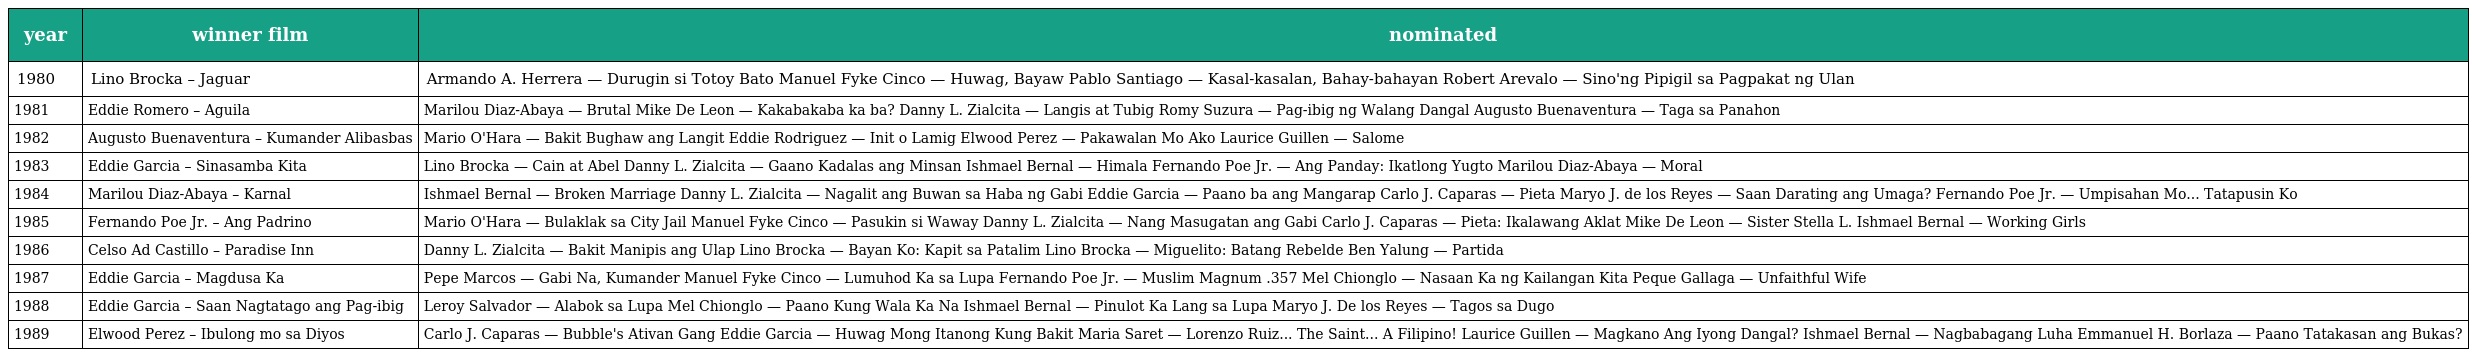
| year | winner film | nominated |
 | --- | --- | --- |
 | 1980 | Lino Brocka – Jaguar | Armando A. Herrera — Durugin si Totoy Bato Manuel Fyke Cinco — Huwag, Bayaw Pablo Santiago — Kasal-kasalan, Bahay-bahayan Robert Arevalo — Sino'ng Pipigil sa Pagpakat ng Ulan |
 | 1981 | Eddie Romero – Aguila | Marilou Diaz-Abaya — Brutal Mike De Leon — Kakabakaba ka ba? Danny L. Zialcita — Langis at Tubig Romy Suzura — Pag-ibig ng Walang Dangal Augusto Buenaventura — Taga sa Panahon |
 | 1982 | Augusto Buenaventura – Kumander Alibasbas | Mario O'Hara — Bakit Bughaw ang Langit Eddie Rodriguez — Init o Lamig Elwood Perez — Pakawalan Mo Ako Laurice Guillen — Salome |
 | 1983 | Eddie Garcia – Sinasamba Kita | Lino Brocka — Cain at Abel Danny L. Zialcita — Gaano Kadalas ang Minsan Ishmael Bernal — Himala Fernando Poe Jr. — Ang Panday: Ikatlong Yugto Marilou Diaz-Abaya — Moral |
 | 1984 | Marilou Diaz-Abaya – Karnal | Ishmael Bernal — Broken Marriage Danny L. Zialcita — Nagalit ang Buwan sa Haba ng Gabi Eddie Garcia — Paano ba ang Mangarap Carlo J. Caparas — Pieta Maryo J. de los Reyes — Saan Darating ang Umaga? Fernando Poe Jr. — Umpisahan Mo... Tatapusin Ko |
 | 1985 | Fernando Poe Jr. – Ang Padrino | Mario O'Hara — Bulaklak sa City Jail Manuel Fyke Cinco — Pasukin si Waway Danny L. Zialcita — Nang Masugatan ang Gabi Carlo J. Caparas — Pieta: Ikalawang Aklat Mike De Leon — Sister Stella L. Ishmael Bernal — Working Girls |
 | 1986 | Celso Ad Castillo – Paradise Inn | Danny L. Zialcita — Bakit Manipis ang Ulap Lino Brocka — Bayan Ko: Kapit sa Patalim Lino Brocka — Miguelito: Batang Rebelde Ben Yalung — Partida |
 | 1987 | Eddie Garcia – Magdusa Ka | Pepe Marcos — Gabi Na, Kumander Manuel Fyke Cinco — Lumuhod Ka sa Lupa Fernando Poe Jr. — Muslim Magnum .357 Mel Chionglo — Nasaan Ka ng Kailangan Kita Peque Gallaga — Unfaithful Wife |
 | 1988 | Eddie Garcia – Saan Nagtatago ang Pag-ibig | Leroy Salvador — Alabok sa Lupa Mel Chionglo — Paano Kung Wala Ka Na Ishmael Bernal — Pinulot Ka Lang sa Lupa Maryo J. De los Reyes — Tagos sa Dugo |
 | 1989 | Elwood Perez – Ibulong mo sa Diyos | Carlo J. Caparas — Bubble's Ativan Gang Eddie Garcia — Huwag Mong Itanong Kung Bakit Maria Saret — Lorenzo Ruiz... The Saint... A Filipino! Laurice Guillen — Magkano Ang Iyong Dangal? Ishmael Bernal — Nagbabagang Luha Emmanuel H. Borlaza — Paano Tatakasan ang Bukas? |